Annual report of the Punjab Veterinary College and of the Civil Veterinary Department, Punjab - 1909-1919
Year: 1909
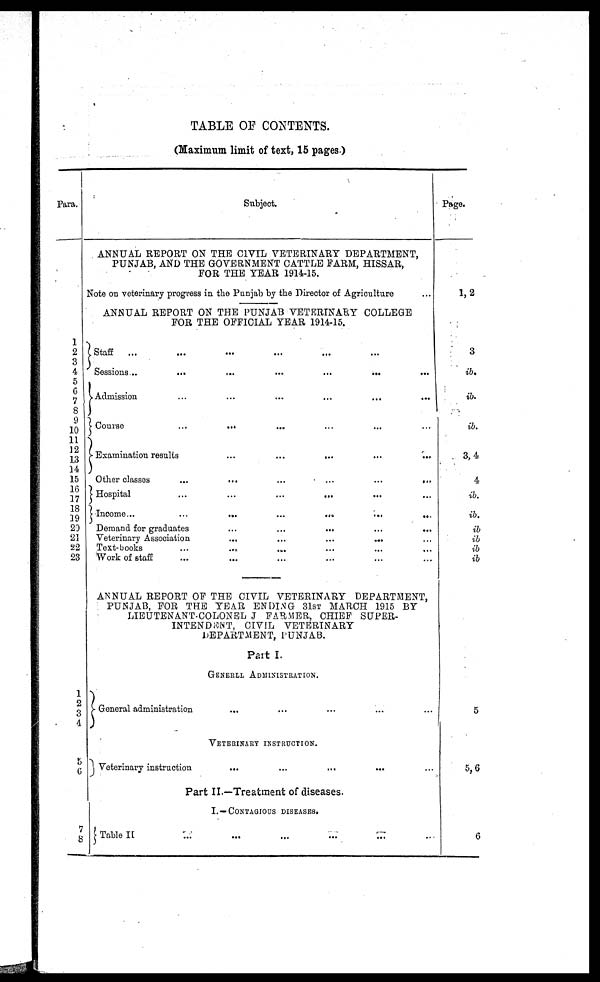
TABLE OF CONTENTS.
(Maximum limit of text, 15 pages.)
Para.
1
2
3
4
5
6
7
8
9
10
11
]2
13
14
15
16
17
18
19
20
21
22
23
1
2
3
4
5
6
7
8
Subject.
ANNUAL REPORT ON THE CIVIL VETERINARY DEPARTMENT,
PUNJAB, AND THE GOVERNMENT CATTLE FARM, HISSAR,
FOR THE YEAR 1914-15.
Note on veterinary progress in the Punjab by the Director of Agriculture ...
ANNUAL REPORT ON THE PUNJAB VETERINARY COLLEGE
FOR THE OFFICIAL YEAR 1914-15.
Staff
... ... ... ... ... ... ... ... ... ...
Sessions...
...
...
...
...
...
Admission ... ... ... ... ... ... ... ... ... ...
Course
...
... ... ... ... ... ... ... ...
Examination results
...
...
... ...
Other classes
...
...
...
...
...
...
Hospital
...
...
...
...
Income...
...
...
...
...
...
...
Demand for graduates ... ... ... ...... ... ... ... ...
Veterinary Association
...
...
...
...
Text-books ... ... ... ... ...
Work of staff ... ... ...
ANNUAL REPORT OF THE CIVIL VETERINARY DEPARTMENT,
PUNJAB, FOR THE YEAR ENDING 31 ST MARCH 1915 BY
LIEUTENANT-COLONEL J FARMER, CHIEF SUPER-
INTENDENT, CIVIL VETERINARY
DEPARTMENT, PUNJAB.
Part I.
GENERLL ADMINISTRATION.
General administration ... ... ... ...... ... ... ... ...
VETERINARY INSTRUCTION..
Veterinary instruction
...
...
... ... ...
Part II.—Treatment of diseases.
I.—CONTAGIOUS DISEASES.
Table II ... ... ... ... ... ... ... ... ...
Page.
1, 2
3
ib.
ib.
ib.
3, 4
4
ib.
ib.
ib
ib
ib
ib
5
5, 6
6